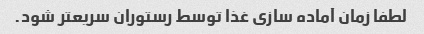
لطفا زمان آماده سازی غذا توسط رستوران سریعتر شود.